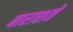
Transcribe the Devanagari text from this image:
बाराशते